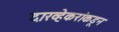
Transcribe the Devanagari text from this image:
दारव्हेकरांकडून